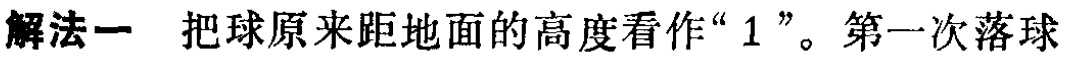
解法一 把球原来距地面的高度看作“$1$”。第一次落球